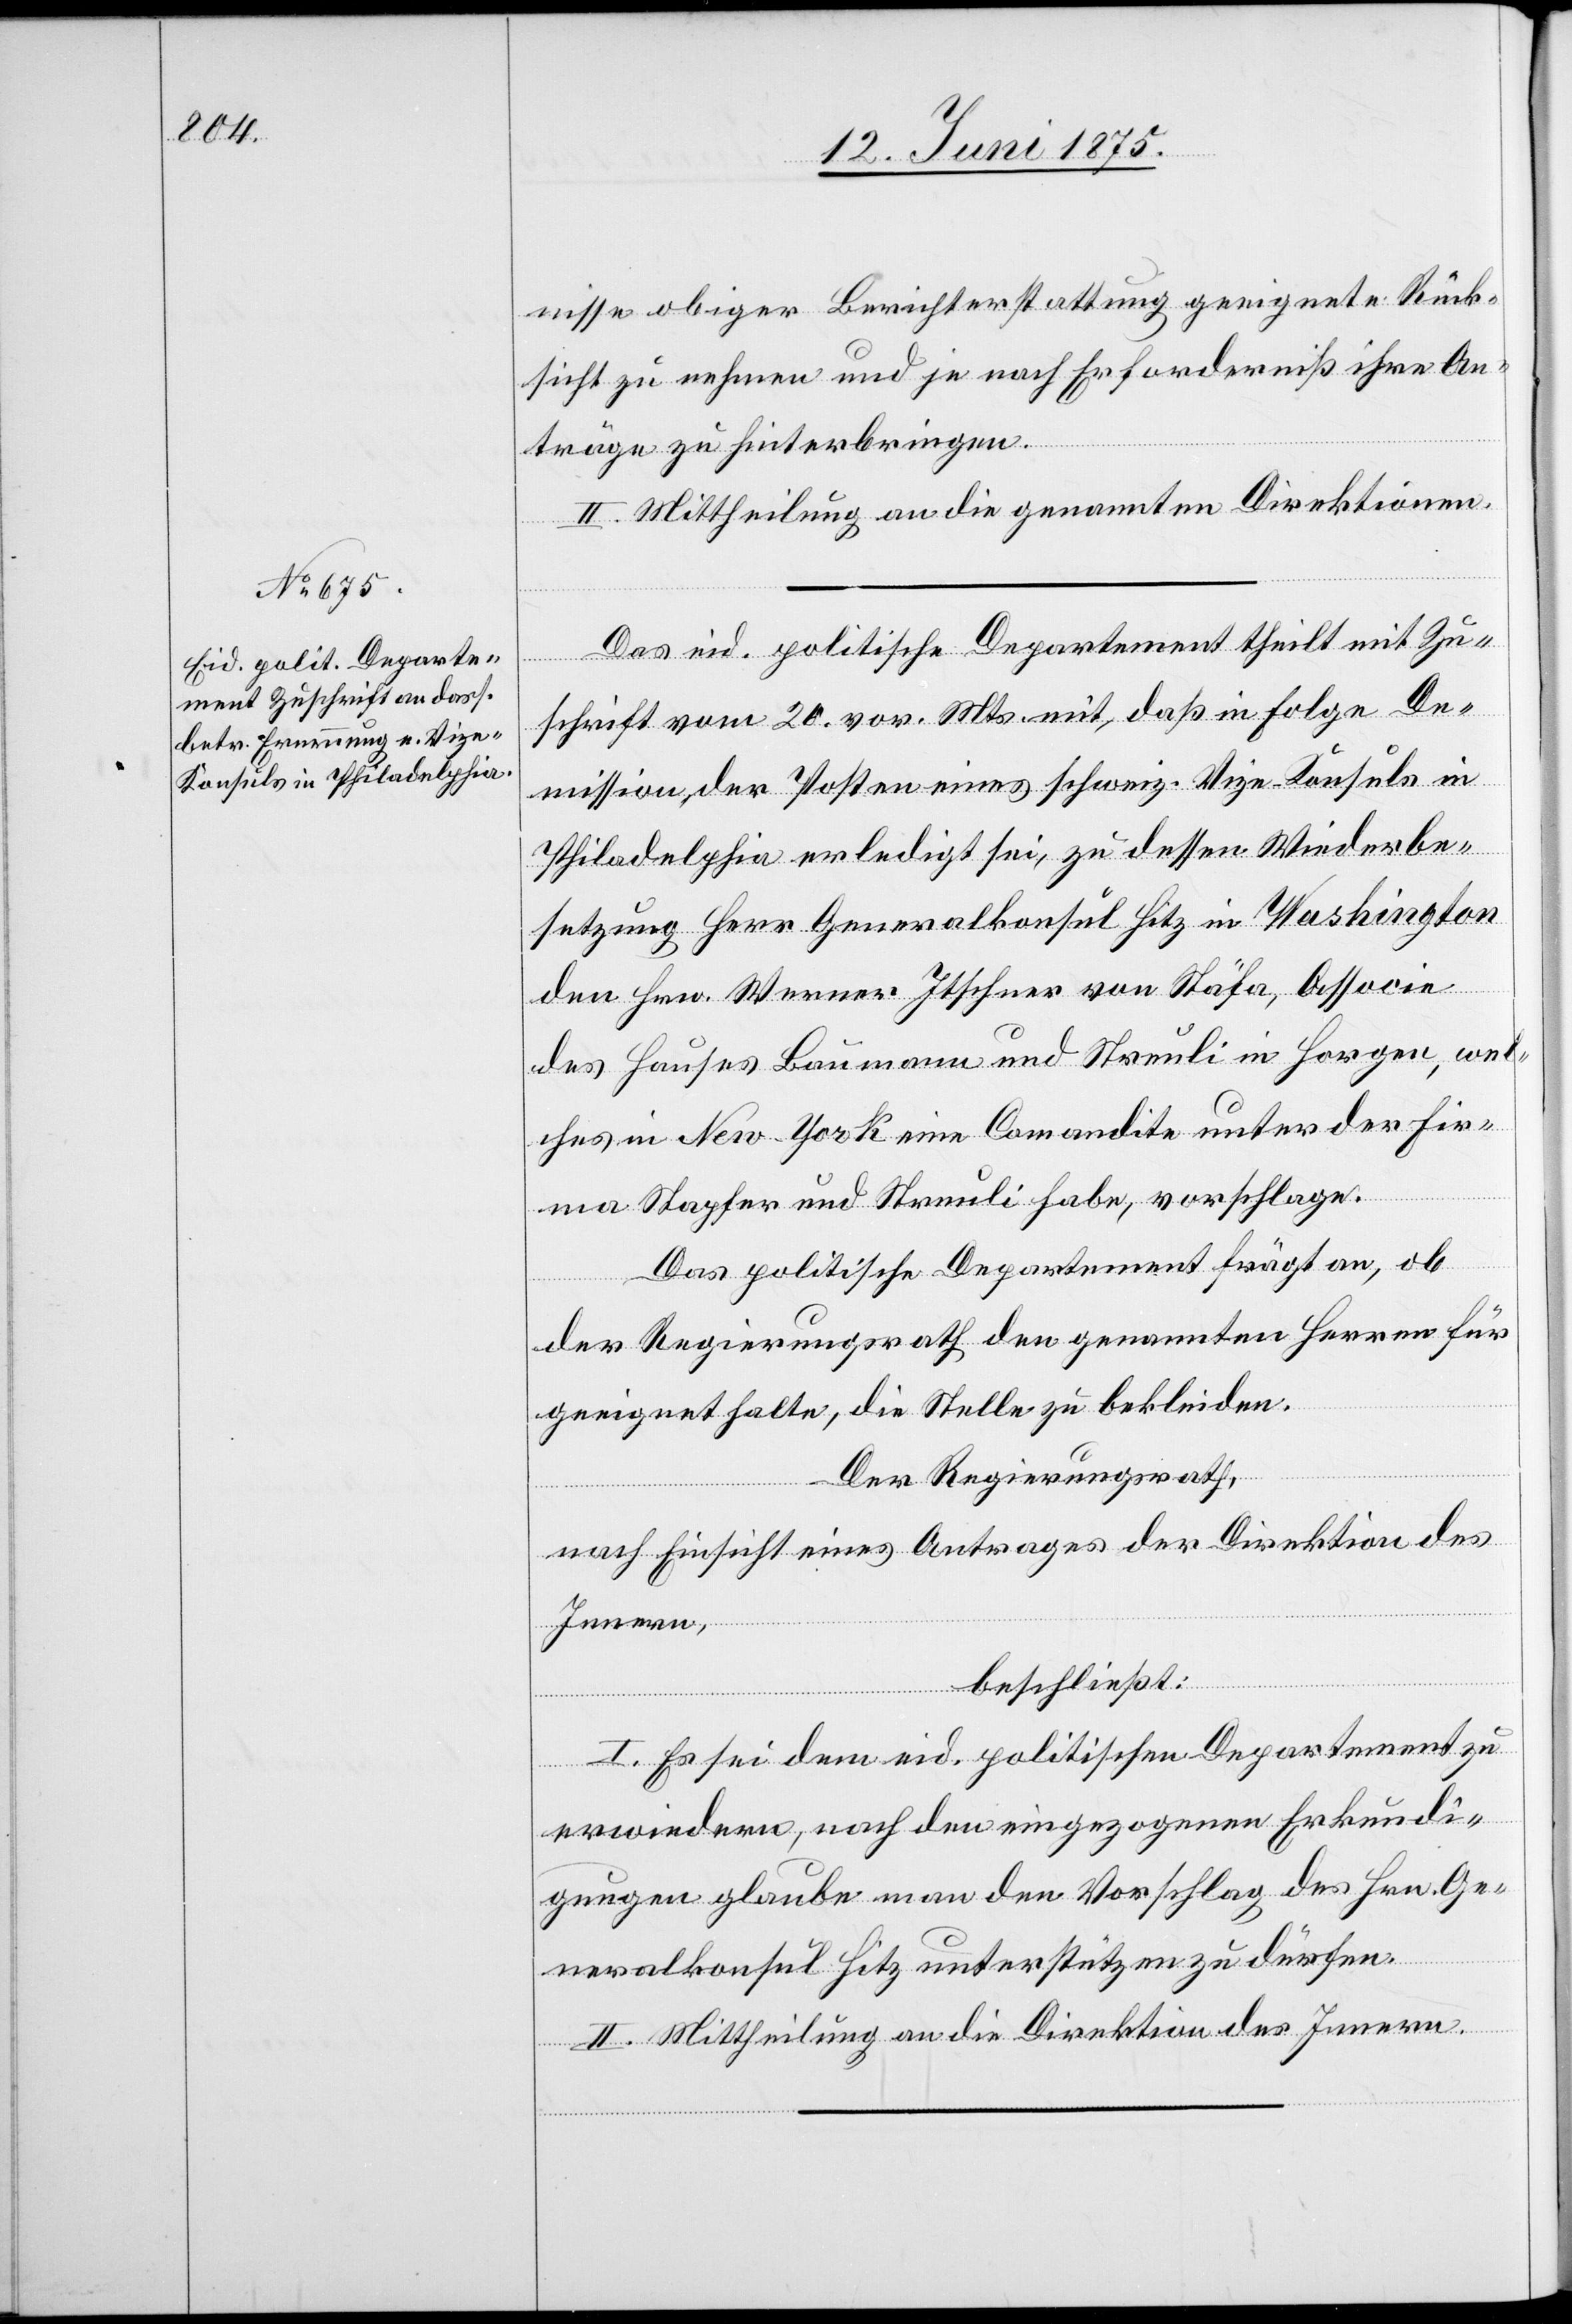
nisse obiger Berichterstattung geeignete Rück¬
sicht zu nehmen und je nach Erforderniß ihre An¬
träge zu hinterbringen.
II. Mittheilung an die genannten Direktionen.
Das eid. politische Departement theilt mit Zu¬
schrift vom 20. vor. Mts. mit, daß in Folge De¬
mission der Posten eines schweiz. Vize-Konsuls in
Philadelphia erledigt sei, zu dessen Wiederbe¬
setzung Herr Generalkonsul Hitz in Washington
den Hrn. Werner Itschner von Stäfa, Assovie
des Hauses Baumann und Sternli in Horgen, wel¬
ches in New-York eine Comandite unter der Fir¬
ma Stapfer und Streuli habe, vorschlage.
Das politische Departement frägt an. ob
der Regierungsrath den genannten Herren für
geeignet halte, die Stelle zu bekleiden.
Der Regierungsrath,
nach Einsicht eines Antrages der Direktion des
Innern,
beschließt:
I. Es sei dem eid. politischen Departement zu
erwiedern, nach den eigezogenen Erkundi¬
gungen glaube man den Vorschlag des Hrn. Ge¬
neralkonsul Hitz unterstützen zu dürfen.
II. Mittheilung an die Direktion des Innern.